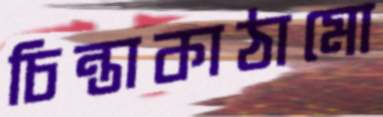
চিন্তাকাঠামো